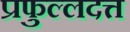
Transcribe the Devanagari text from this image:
प्रफुल्लदत्त